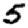
Digit: 5